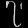
Digit: ၇